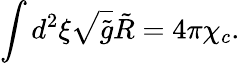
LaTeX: \int{d^{2}}\xi\sqrt{\tilde{g}}\tilde{R}=4\pi{\chi_{c}}.